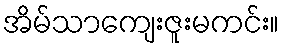
အိမ်သာကျေးဇူးမကင်း။